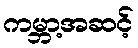
ကမ္ဘာ့အဆင့်